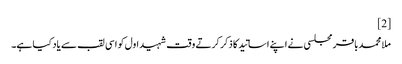
[2]
ملا محمدباقر مجلسی‌ نے اپنے اساتید کا ذکر کرتے وقت شہید اول کو اسی لقب سے یاد کیا ہے۔